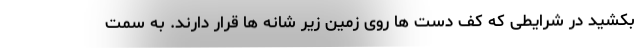
بکشید در شرایطی که کف دست ها روی زمین زیر شانه ها قرار دارند. به سمت